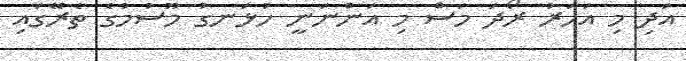
އަދި މި އަހަރު ރޯދަ މަސް މި އަންނަނީ ހުޅަނގު މޫސުމުގެ ތެރޭގައި